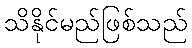
သိနိုင်မည်ဖြစ်သည်